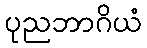
ပုညဘာဂိယံ